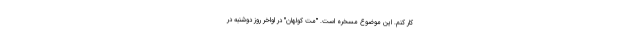
کار کنم. این موضوع مسخره است. "مت کولهان" در اواخر روز دوشنبه در